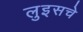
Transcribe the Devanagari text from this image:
लुइसचे